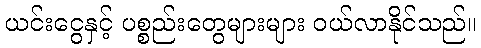
ယင်းငွေနှင့် ပစ္စည်းတွေများများ ဝယ်လာနိုင်သည်။